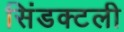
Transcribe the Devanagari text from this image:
सिंडक्टली